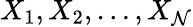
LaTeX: X_{1},X_{2},\ldots,X_{\mathcal{N}}